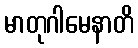
မာတုဂါမေနာတိ